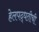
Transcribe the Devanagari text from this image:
हेलपद्धतीची